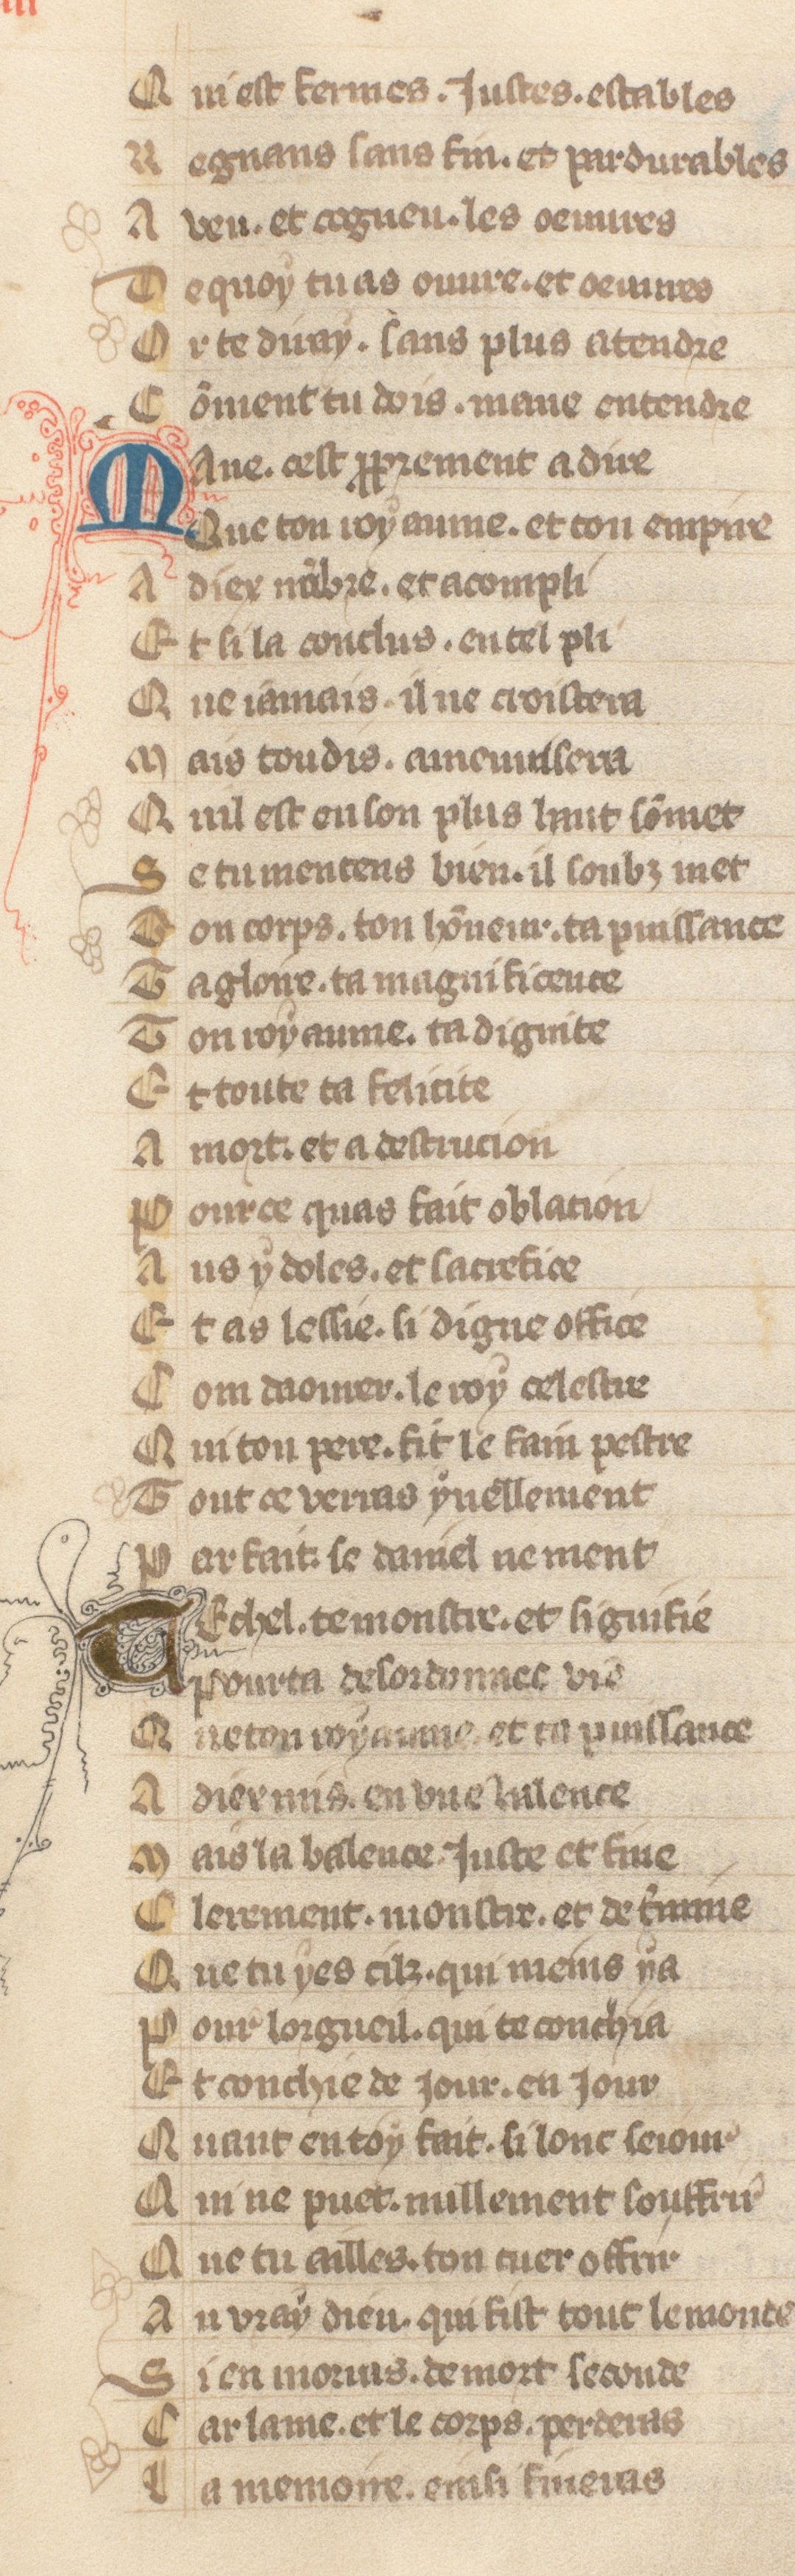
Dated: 1371–1371